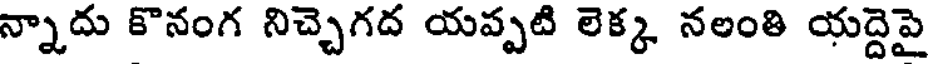
న్నాదు కొనంగ నిచ్చెగద యప్పటి లెక్క నలంతి యద్దెపై